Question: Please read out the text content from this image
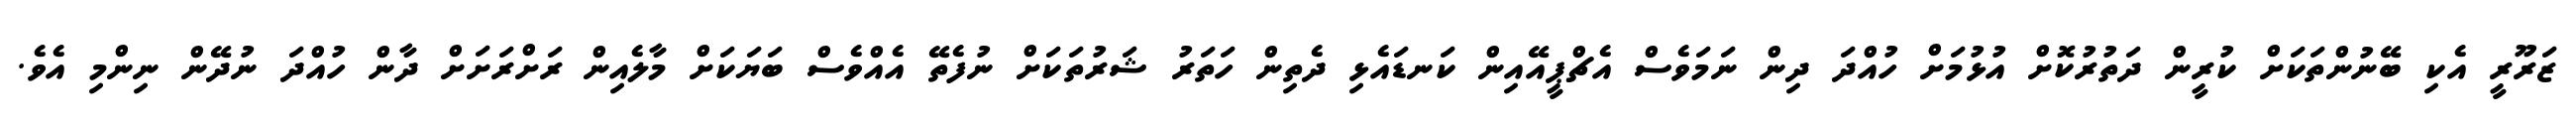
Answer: ޒަރޫރީ އެކި ބޭނުންތަކަށް ކުރީން ދަތުރުކޮށް އުޅުމަށް ހުއްދަ ދިން ނަމަވެސް އެޗްޕީއޭއިން ކަނޑައެޅި ދެތިން ހަތަރު ޝަރުތަކަށް ނުފެތޭ އެއްވެސް ބަޔަކަށް މާލެއިން ރަށްރަށަށް ދާން ހުއްދަ ނުދޭން ނިންމި އެވެ.